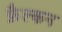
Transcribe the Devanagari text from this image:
फ़ैल्कन